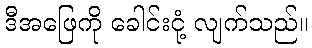
ဒီအဖြေကို ခေါင်းငုံ့ လျက်သည်။